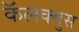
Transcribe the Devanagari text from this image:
कॅलक्युस